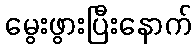
မွေးဖွားပြီးနောက်